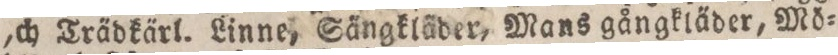
ich Trädkärl. Linne, Sängkläder, Mans gångkläder, Mö=